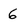
Character: 6